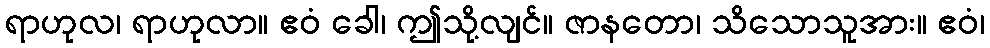
ရာဟုလ၊ ရာဟုလာ။ ဧဝံ ခေါ၊ ဤသို့လျင်။ ဇာနတော၊ သိသောသူအား။ ဧဝံ၊